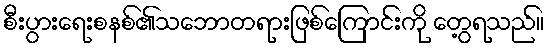
စီးပွားရေးစနစ်၏သဘောတရားဖြစ်ကြောင်းကို တွေ့ရသည်။